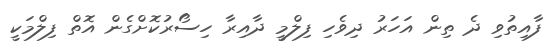
ފާއިތުވި ދެ ތިން އަހަރު ދިވެހި ފިލްމީ ދާއިރާ ހިސޯރުކޮށްގެން އޮތް ފިލްމަކީ